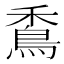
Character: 穒